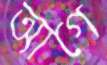
আগে